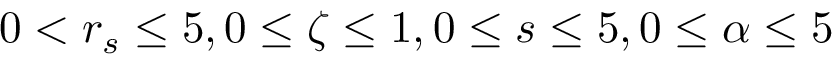
0 < r _ { s } \leq 5 , 0 \leq \zeta \leq 1 , 0 \leq s \leq 5 , 0 \leq \alpha \leq 5